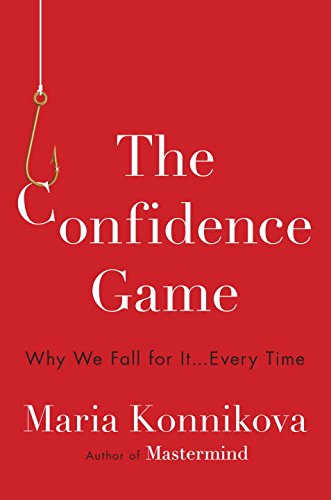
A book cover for The Confidence Game: Why We Fall for It . . . Every Time; Maria Konnikova; Medical Books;